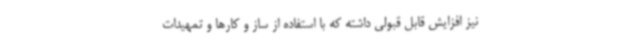
نیز افزایش قابل قبولی داشته که با استفاده از ساز و کارها و تمهیدات